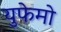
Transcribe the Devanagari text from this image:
युफेमो